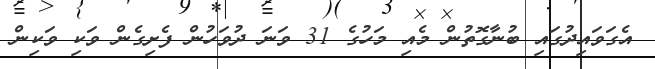
އެގަވައިދުގައި ބުނާގޮތުން މެއި މަހުގެ 31 ވަނަ ދުވަހުން ފެށިގެން ވަކި ވަކިން